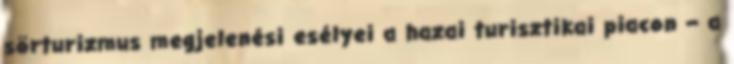
sörturizmus megjelenési esélyei a hazai turisztikai piacon – a